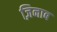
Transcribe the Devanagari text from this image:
ज़िनाब